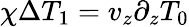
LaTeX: \chi\Delta T_{1}=v_{z}\partial_{z}T_{0}